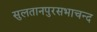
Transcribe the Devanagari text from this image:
सुलतानपुरसभाचन्द